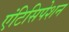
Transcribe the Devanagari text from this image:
एंटिसिपेशन